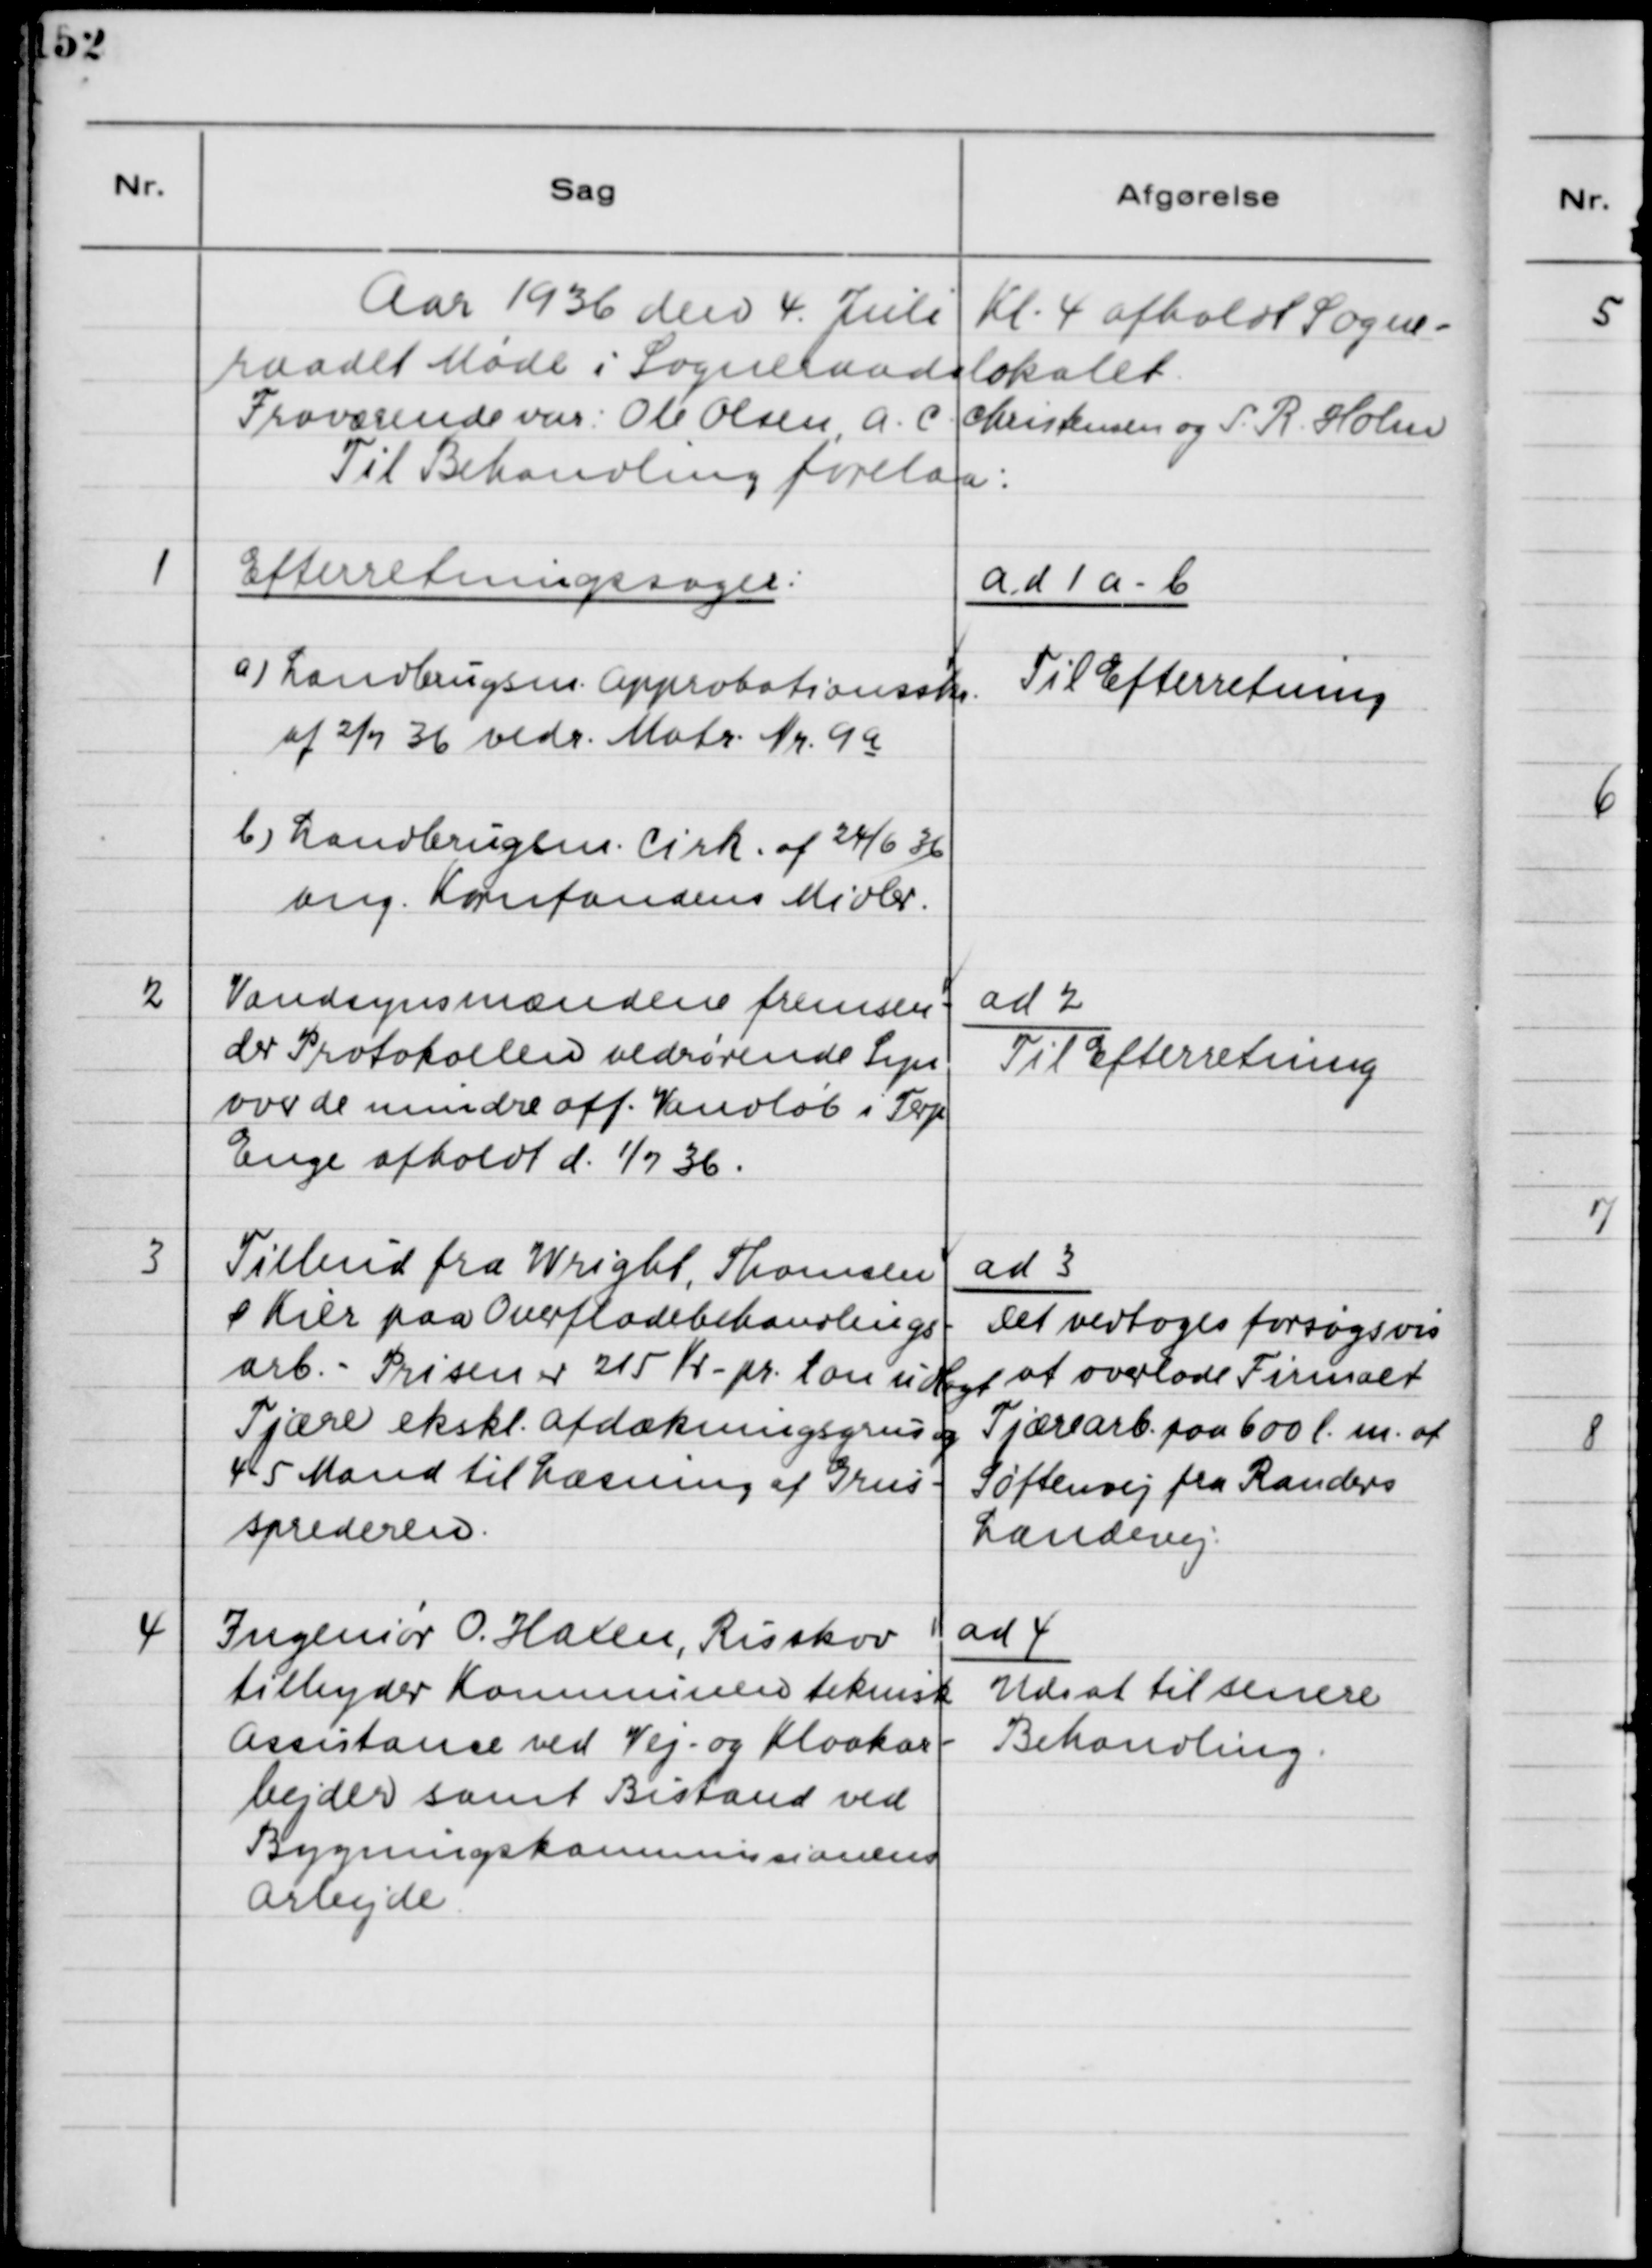
Transskription:
Aar 1936 den 4. Juli Kl. 4 afholdt Sogne-
raadet Møde i Sogneraadslokalet.
Fraværende: Ole Olsen, A.C. Christensen og S.R. Holm.
Til Behandling forelaa:
1
Efterretningssager:
a) Landbrugsen. Approbationsskr.
af 2/7 36 vedr. Matr. Nr. 9 a
b) Landbrugsen. Cirk. af 24/6 36
ang. Kornfondens Midler.
ad 1 a-b
Til Efterretning
2
Vandsynsmændene fremsen-
der Protokollen vedrørende Syn
over de mindre off. Vandløb i Terp
Enge afholdt d. 1/7 36.
ad 2
Til Efterretning
3
Tilbud fra Wright, Thomsen
& Kier paa Overfladebehandlings-
arb. - Prisen 215 Kr. pr. ton udlagt
Tjære ekskl. Afdækningsgrus og
4-5 Mand til Læsning af Grus-
sprederen.
ad 3
Det vedtoges forsøgsvis
at overlade Firmaet
Tjærearb. paa 600 l. m. af
Søftenvej fra Randers
Landevej.
4
Ingeniør O. Haxen, Risskov
tilbyder Kommunen teknisk
Assistance ved Vej- og Kloakar-
bejder samt Bistand ved
Bygningskommisionens
Arbejde.
ad 4
Udsat til senere
Behandling